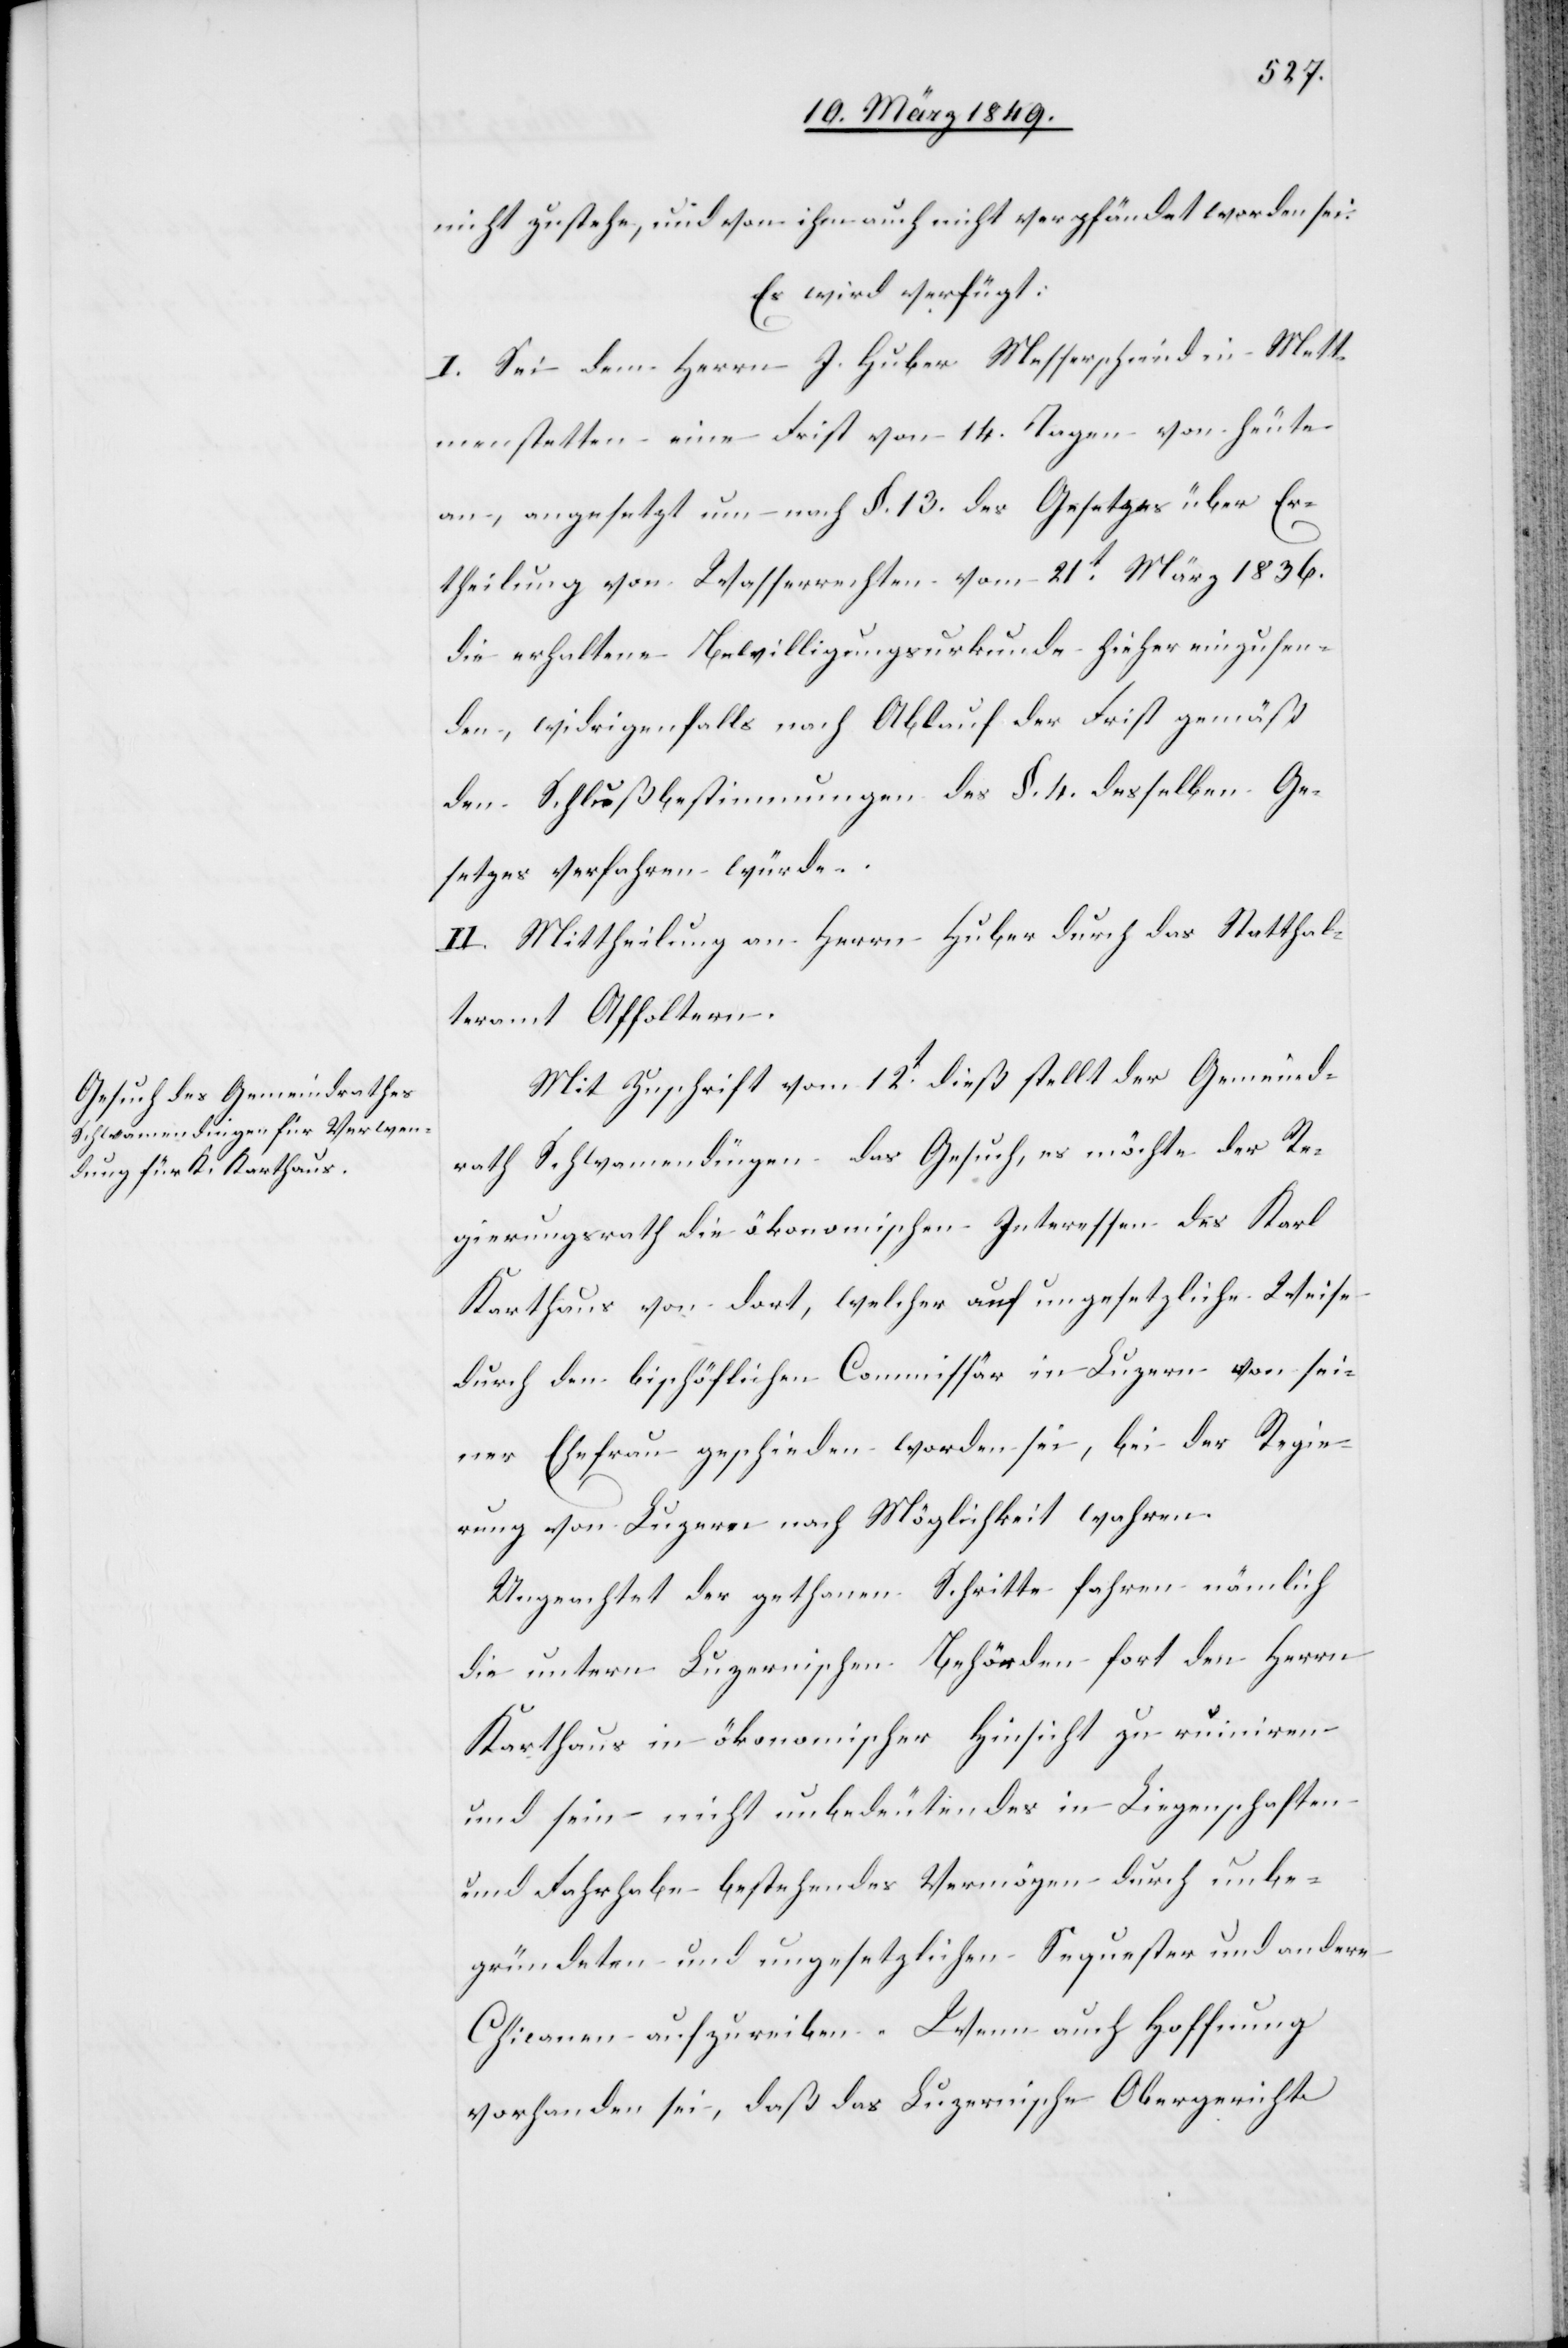
15. März 1849.]
[sic!] zustehe, und von ihm auch nicht verpfändet worden sei.
Es wird verfügt:
I. Sei dem Herrn J. Huber Messerschmid in Mett¬
menstetten eine Frist von 14. Tagen von heute
an, angesetzt um nach §. 13. des Gesetzes über Er¬
theilung von Wasserrechten vom 21t. März 1836.
die erhaltene Bewilligungsurkunde hieher einzusen¬
den, widrigenfalls nach Ablauf der Frist gemäß
den Schlußbestimmungen des §. 4. desselben Ge¬
setzes verfahren würde.
II. Mittheilung an Herrn Huber durch das Statthal¬
teramt Affoltern.
Mit Zuschrift vom 12t. dieß stellt der Gemeind¬
rath Schwamendingen das Gesuch, es möchte der Re¬
gierungsrath die ökonomischen Interessen des Karl
Karthaus von dort, welcher auf ungesetzliche Weise
durch den bischöflichen Commissär in Luzern von sei¬
ner Ehefrau geschieden worden sei, bei der Regie¬
rung von Luzern nach Möglichkeit wahren.
Ungeachtet der gethanen Schritte fahren nämlich
die untern Luzernischen Behörden fort den Herrn
Karthaus in ökonomischer Hinsicht zu ruiniren
und sein nicht unbedeutendes in Liegenschaften
und Fahrhabe bestehendes Vermögen durch unbe¬
gründeten und ungesetzlichen Sequester und andern
Chicanen aufzureiben. Wenn auch Hoffnung
vorhanden sei, daß das Luzernische Obergericht